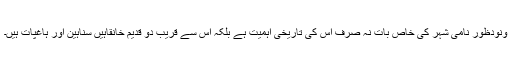
ونودظور نامی شہر کی خاص بات نہ صرف اس کی تاریخی اہمیت ہے بلکہ اس سے قریب دو قدیم خانقاہیں سناہین اور ہاغپات ہیں۔